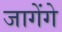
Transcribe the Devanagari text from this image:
जागेंगे